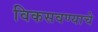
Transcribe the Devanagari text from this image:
विकसवण्याचे